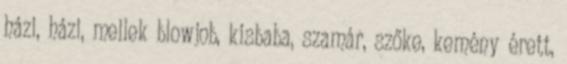
házi, házi, mellek blowjob, kisbaba, szamár, szőke, kemény érett,